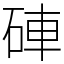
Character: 硨